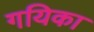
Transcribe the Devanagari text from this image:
गयिका